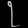
Digit: ၇